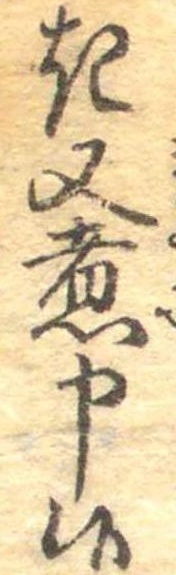
き又煮申候